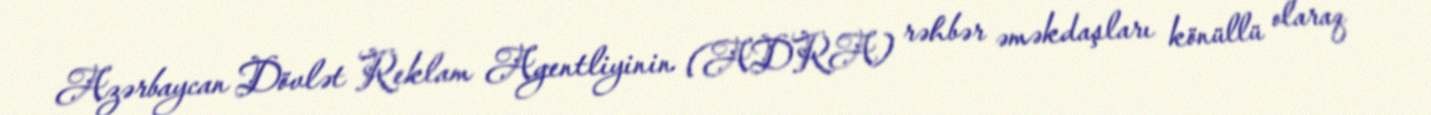
Azərbaycan Dövlət Reklam Agentliyinin (ADRA) rəhbər əməkdaşları könüllü olaraq